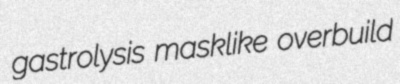
gastrolysis masklike overbuild